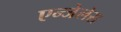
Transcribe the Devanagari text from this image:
एन्जेलेस